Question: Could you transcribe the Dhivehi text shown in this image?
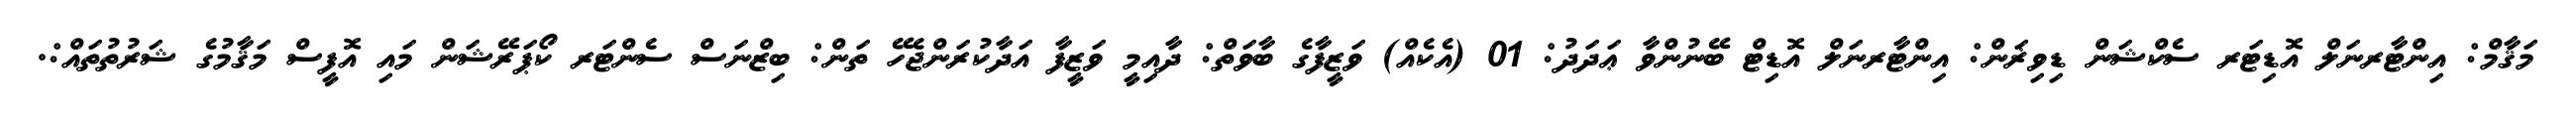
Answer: މަޤާމް: އިންޓާރނަލް އޮޑިޓަރ ސެކްޝަން ޑިވިޜަން: އިންޓާރނަލް އޮޑިޓް ބޭނުންވާ ޢަދަދު: 01 (އެކެއް) ވަޒީފާގެ ބާވަތް: ދާއިމީ ވަޒީފާ އަދާކުރަންޖެހޭ ތަން: ބިޒްނަސް ސެންޓަރ ކޯޕަރޭޝަން މައި އޮފީސް މަޤާމުގެ ޝަރުތުތައް:.